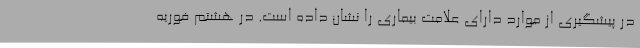
در پیشگیری از موارد دارای علامت بیماری را نشان داده است. در هشتم فوریه